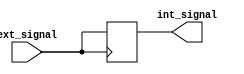
module high_speed_buffer (
    input wire ext_signal,
    output reg int_signal
);

always @ (posedge ext_signal)
begin
    int_signal <= ext_signal;
end

endmodule